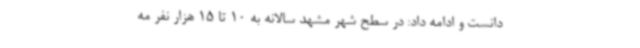
دانست و ادامه داد: در سطح شهر مشهد سالانه به 10 تا 15 هزار نفر مه